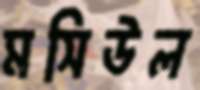
মসিউল